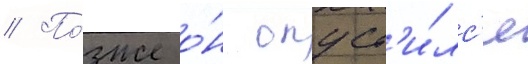
// По́зже о́н опуст'и́лс'я